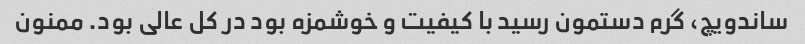
ساندویچ، گرم دستمون رسید با کیفیت و خوشمزه بود در کل عالی بود. ممنون